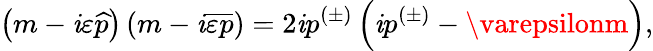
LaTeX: \left(m-\mathit{i}\varepsilon\widehat{{p}}\right)\left(m-\mathit{i}\overline{{{{\varepsilon}}}}\overline{{{{p}}}}\right)=2\mathit{i}p^{(\pm)}\left(\mathit{i}p^{(\pm)}-\varepsilonm\right),